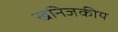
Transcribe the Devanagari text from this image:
खनिजकीय